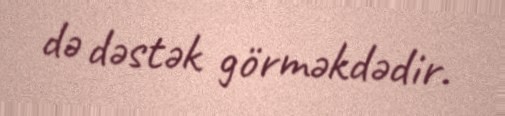
də dəstək görməkdədir.